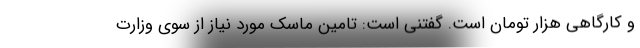
و کارگاهی هزار تومان است. گفتنی است: تامین ماسک مورد نیاز از سوی وزارت